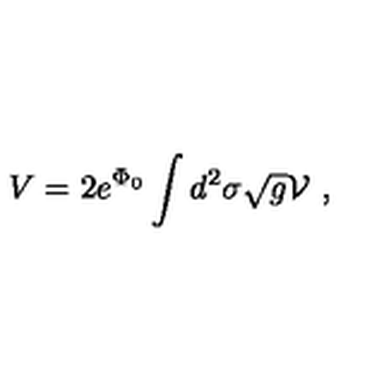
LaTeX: V = 2 e ^ { \Phi _ { 0 } } \int d ^ { 2 } \sigma \sqrt { g } { \cal V } \ ,